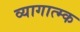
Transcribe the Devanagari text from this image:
व्यागात्म्क